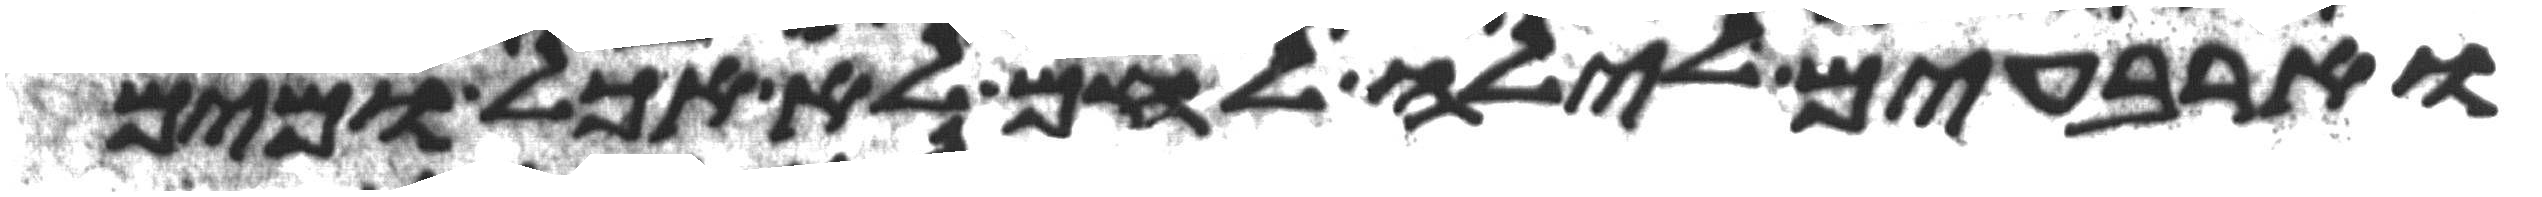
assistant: וארבעים לילה לחם לא אכל ומים